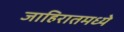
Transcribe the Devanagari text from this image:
जाहिरातमध्ये